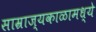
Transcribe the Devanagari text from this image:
साम्राज्यकाळामध्ये